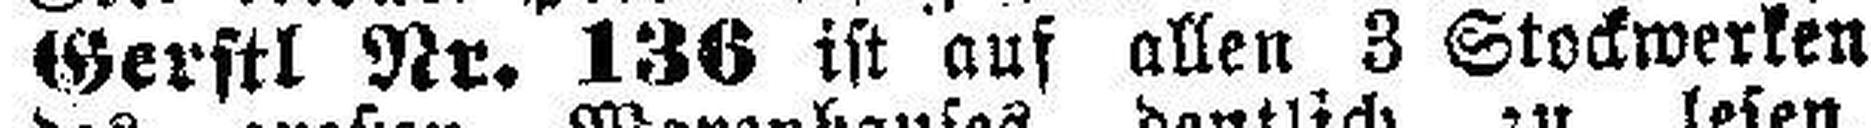
Gerstl Nr. 136 ist aus allen 3 Stockwerken